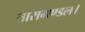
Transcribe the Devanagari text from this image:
तारामण्डल।